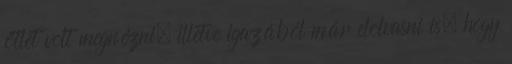
ötlet volt megnézni, illetve igazából már elolvasni is, hogy